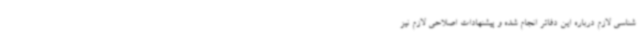
شناسی لازم درباره این دفاتر انجام شده و پیشنهادات اصلاحی لازم نیز